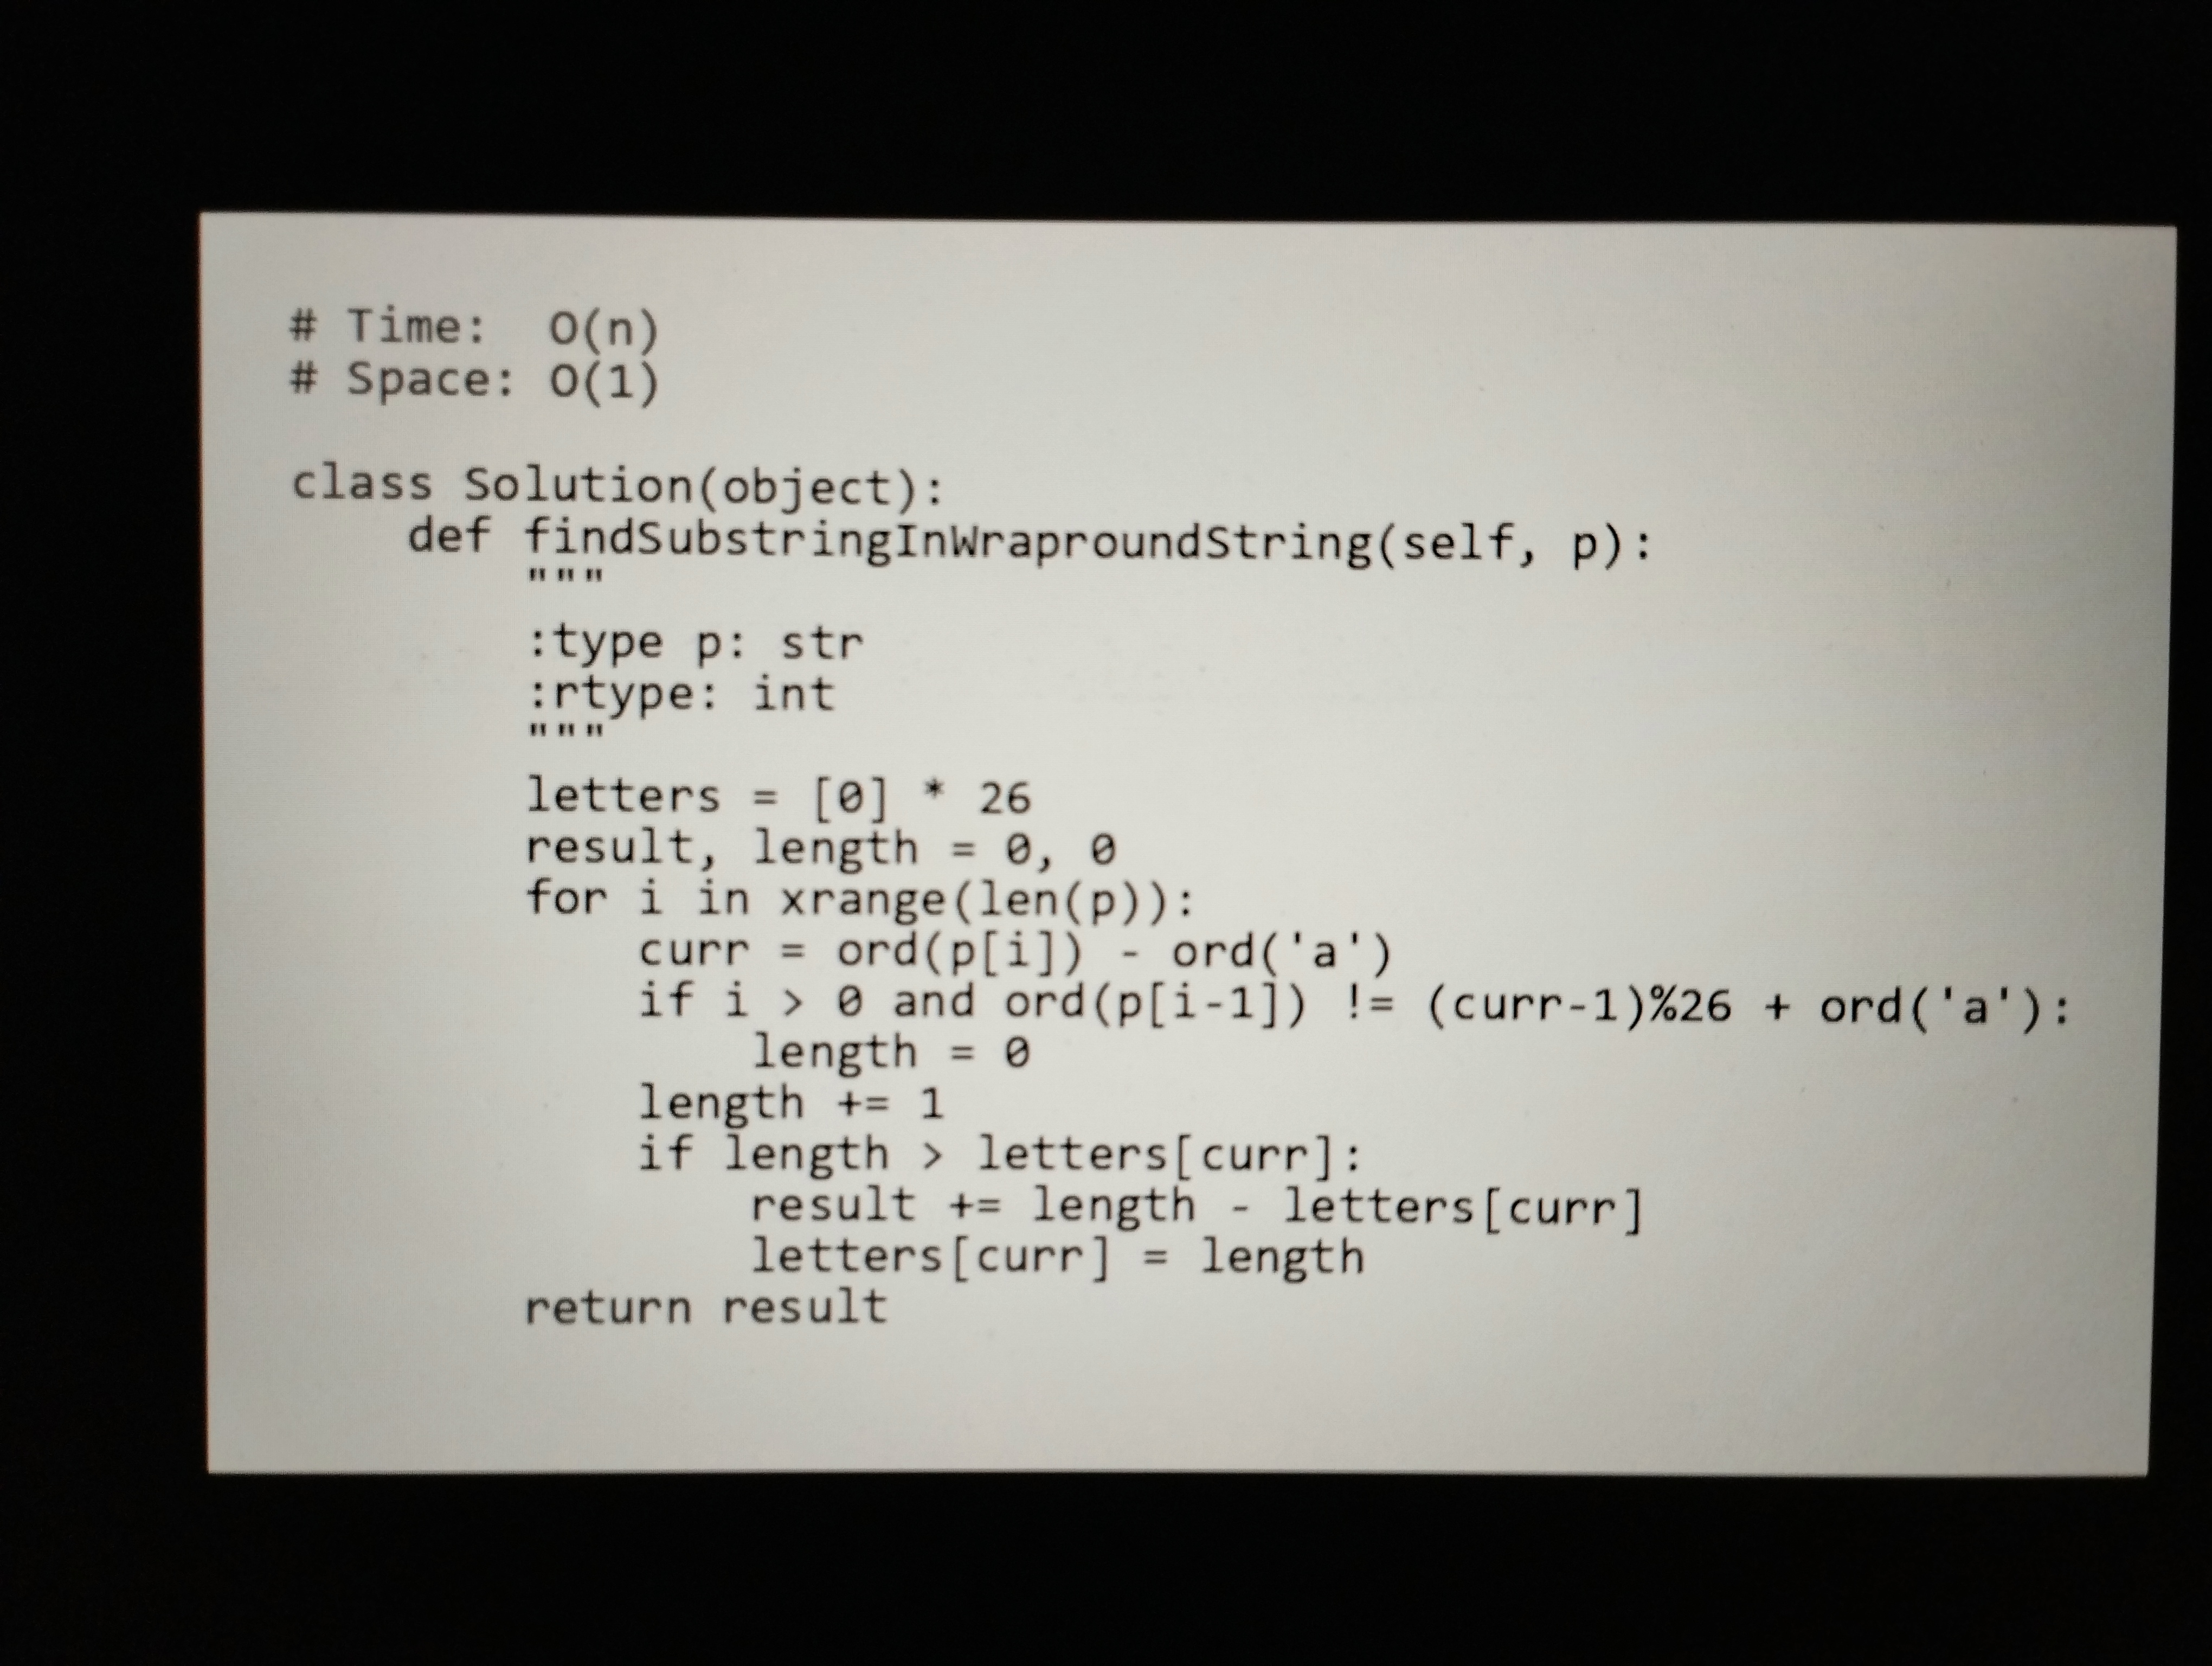
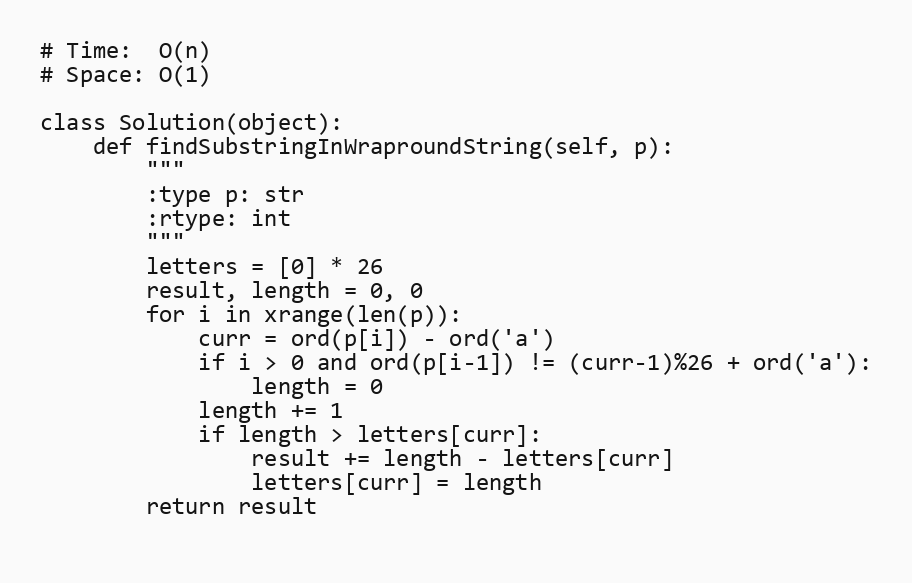
# Time:  O(n)
# Space: O(1)

class Solution(object):
    def findSubstringInWraproundString(self, p):
        """
        :type p: str
        :rtype: int
        """
        letters = [0] * 26
        result, length = 0, 0
        for i in xrange(len(p)):
            curr = ord(p[i]) - ord('a')
            if i > 0 and ord(p[i-1]) != (curr-1)%26 + ord('a'):
                length = 0
            length += 1
            if length > letters[curr]:
                result += length - letters[curr]
                letters[curr] = length
        return result